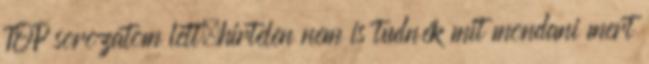
TOP sorozatom lett,hirtelen nem is tudnék mit mondani mert